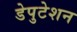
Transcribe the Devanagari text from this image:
डेपुटेशन